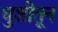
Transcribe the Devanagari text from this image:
घुशींतून